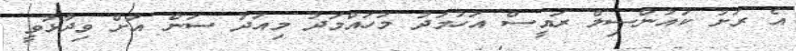
އެ ރަށު ކައުންސިލް ރައީސް އަހުމަދު މުހައްމަދު މިއަދު ސަން އަށް ވިދާޅުވީ